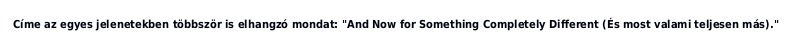
Címe az egyes jelenetekben többször is elhangzó mondat: "And Now for Something Completely Different (És most valami teljesen más)."